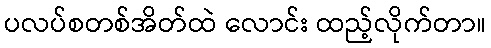
ပလပ်စတစ်အိတ်ထဲ လောင်း ထည့်လိုက်တာ။